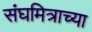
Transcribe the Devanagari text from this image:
संघमित्राच्या